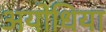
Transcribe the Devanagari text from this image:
अयोधिया